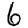
Digit: 6